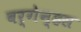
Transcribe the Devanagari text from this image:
बर्गेन्हस